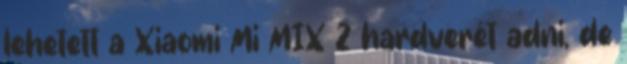
lehetett a Xiaomi Mi MIX 2 hardverét adni, de